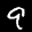
Label: 9